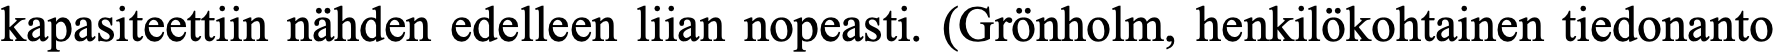
kapasiteettiin nähden edelleen liian nopeasti. (Grönholm, henkilökohtainen tiedonanto